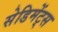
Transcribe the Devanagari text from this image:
सेडिमेंट्स